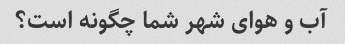
آب و هوای شهر شما چگونه است؟